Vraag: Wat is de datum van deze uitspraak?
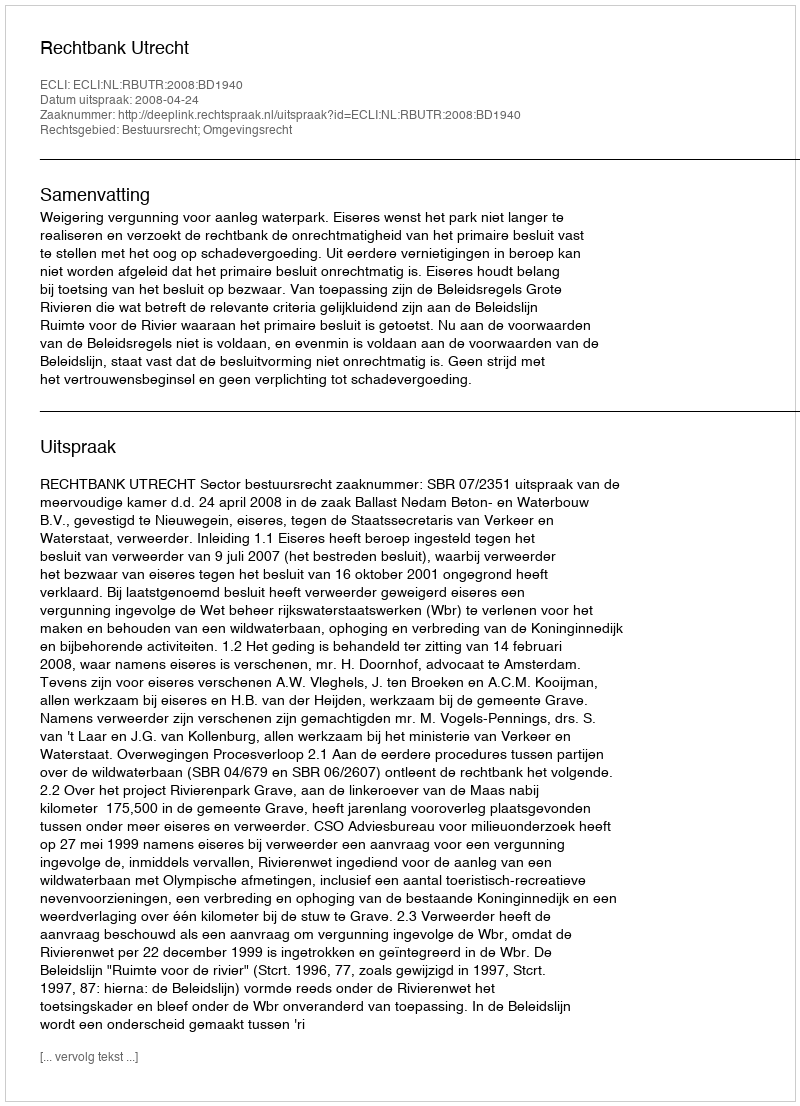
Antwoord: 2008-04-24